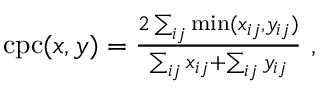
\begin{array} { r } { \mathrm { c p c } ( x , y ) = \frac { 2 \sum _ { i j } \operatorname* { m i n } ( x _ { i j } , y _ { i j } ) } { \sum _ { i j } x _ { i j } + \sum _ { i j } y _ { i j } } \ , } \end{array}